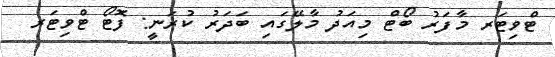
ޓްވިޓަރ މާފަރު ބޯޓް މިއަދު މާލޭގައި ބަދަރު ކުރަނީ: ފޮޓޯ ޓްވިޓަރ